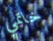
خاتمي